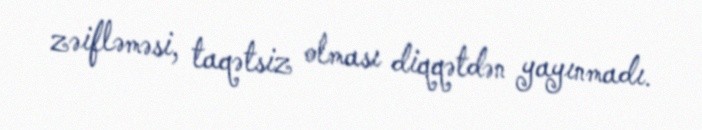
zəifləməsi, taqətsiz olması diqqətdən yayınmadı.